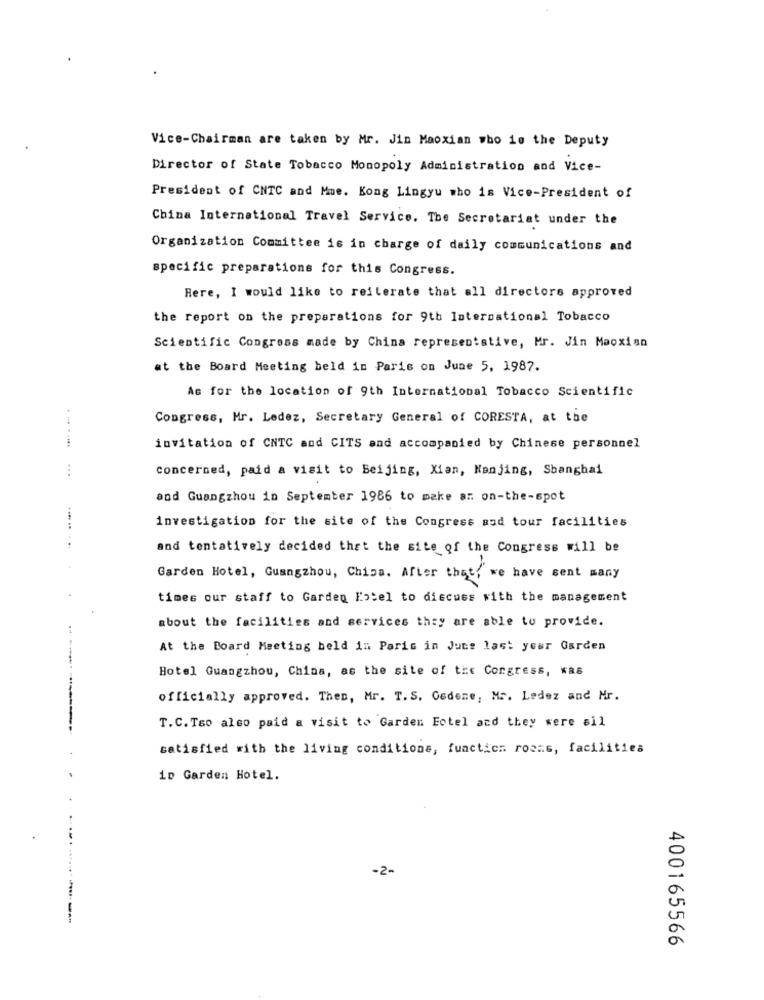
Vice-Chairman are taken by Mr. Jin Maoxian who is the Deputy
Director of State Tobacco Monopoly Administration and Vice-
President of CNTC and Mme. Kong Lingyu who is Vice-President of
China International Travel Service. The Secretariat under the
Organization Committee is in charge of daily communications and
specific preparations for this Congress.
Rere, I would like to reiterate that all directors approved
the report on the preparations for 9th International Tobacco
Scientific Congress made by China representative, Mr. Jin Maoxisn
at the Board Meeting beld in Paris on June 5, 1987.
As for the location of 9th International Tobacco Scientific
Congress, Mr. Ledez, Secretary General of CORESTA, at the
--. ....
invitation of CNTC and CITS and accompanied by Chinese personnel
...
concerned, paid a visit to Beijing, Xian, Nanjing, Shanghai
and Guangzhou in September 1986 to make an on-the-spot
investigation for the site of the Congress and tour facilities
and tentatively decided that the site of the Congress will be
Garden Hotel, Guangzhou, China. After that, we have sent many
times our staff to Garden Hotel to discuss with the management
about the facilities and services they are able to provide.
At the Board Meeting beld in Paris in June last year Garden
Hotel Guangzhou, China, as the site of the Congress, Ka8
officially approved. Then, Mr. T.S. Cedene, Mr. Ledez and Mr.
T.C.Tso also paid a visit to Garden Fotel and they were sil
satisfied with the living conditions, function rosas, facilities
1D Garden Hotel.
.....
-2-
..... ......
--
400165566